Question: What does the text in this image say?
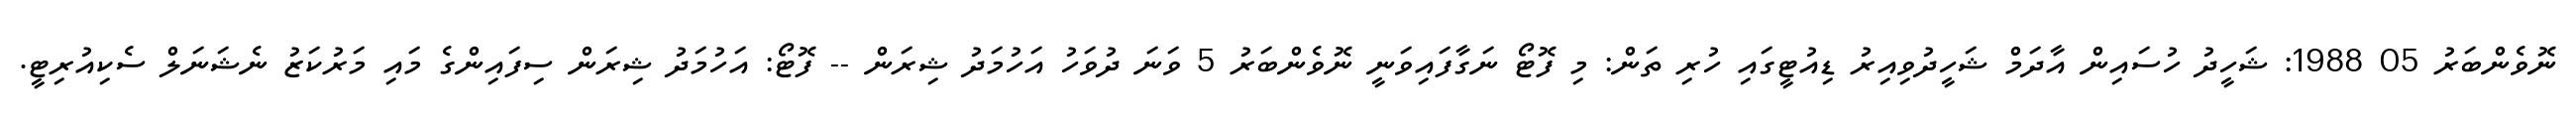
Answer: ނޮވެންބަރު 05 1988: ޝަހީދު ހުސައިން އާދަމް ޝަހީދުވިއިރު ޑިއުޓީގައި ހުރި ތަން: މި ފޮޓޯ ނަގާފައިވަނީ ނޮވެންބަރު 5 ވަނަ ދުވަހު އަހުމަދު ޝިރަން -- ފޮޓޯ: އަހުމަދު ޝިރަން ސިފައިންގެ މައި މަރުކަޒު ނެޝަނަލް ސެކިއުރިޓީ.